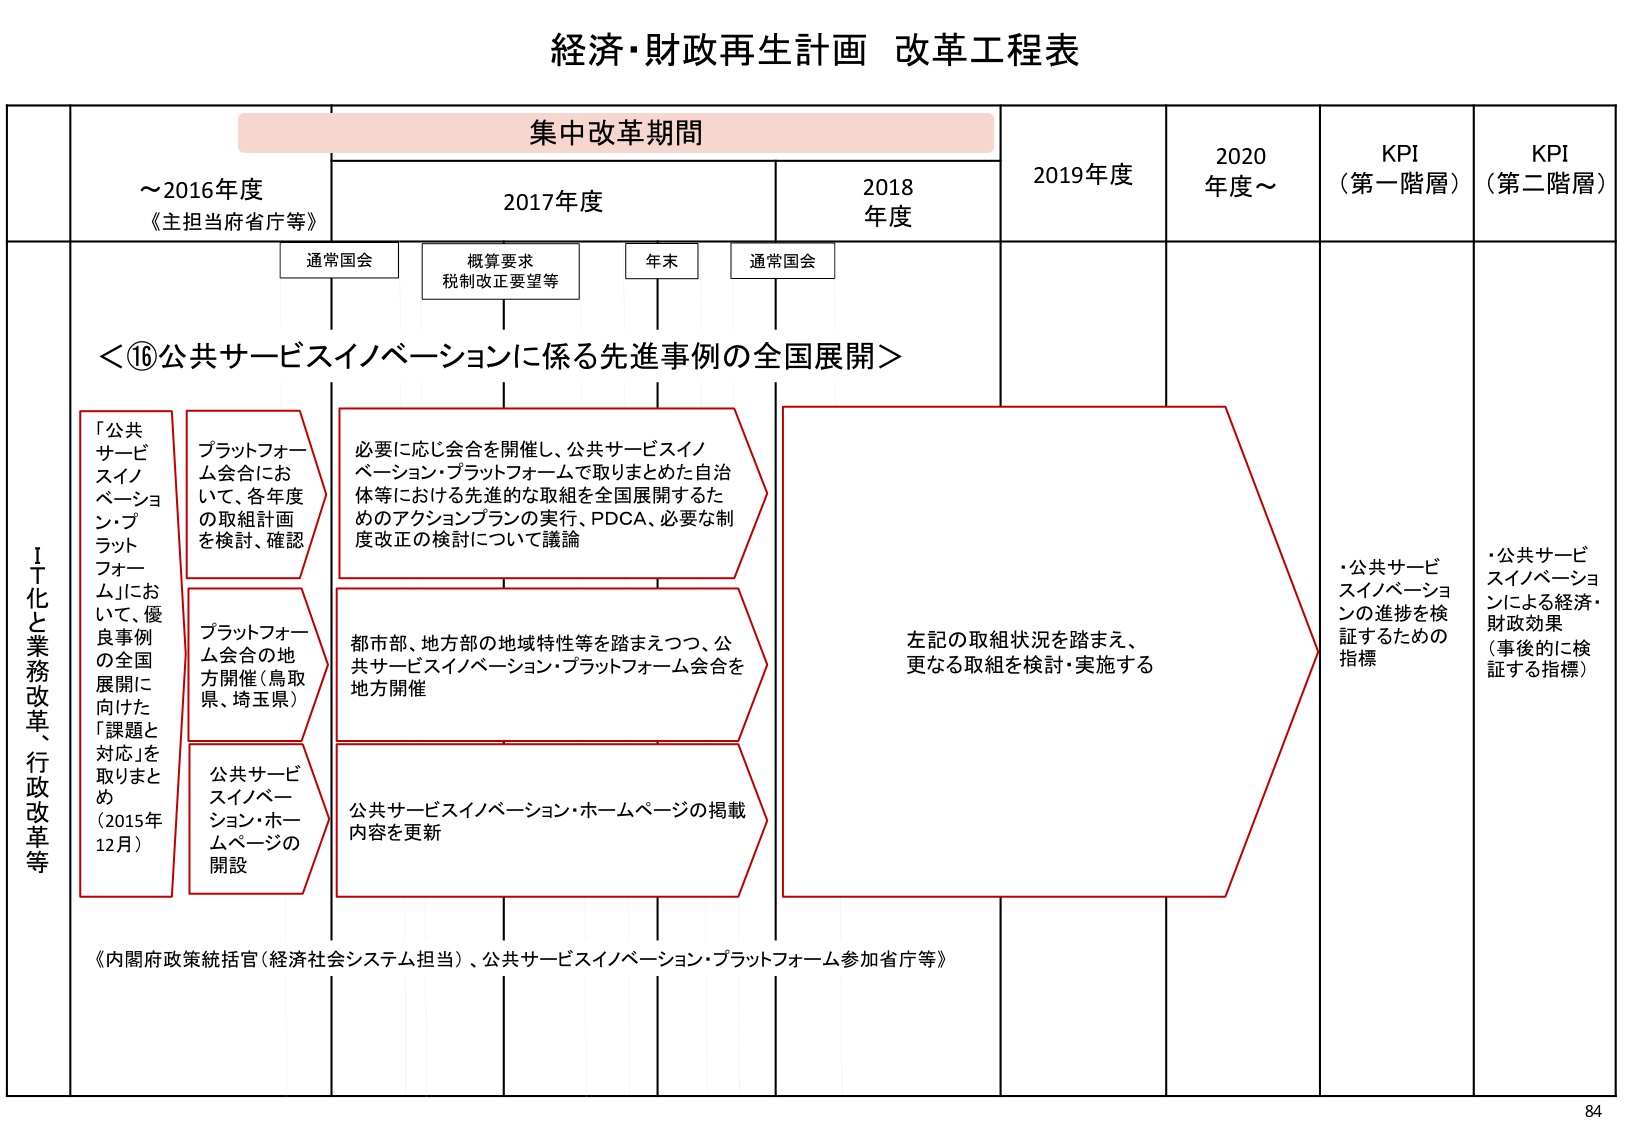
経済・財政再生計画 改革工程表

集中改革期間

～2016年度
《主担当府省庁等》

2017年度

2018年度

2019年度

2020年度～

KPI
（第一階層）

KPI
（第二階層）

通常国会

概算要求
税制改正要望等

年末

通常国会

＜⑯公共サービスイノベーションに係る先進事例の全国展開＞

「公共
サービスイノ
ベーション・プ
ラット
フォーム」にお
いて、優
良事例
の全国
展開に
向けた
「課題と
対応」を
取りまとめ
（2015年
12月）

プラットフォーム会合において、各年度
の取組計画
を検討、確認

必要に応じ会合を催し、公共サービスイノ
ベーション・プラットフォームで取りまとめた自治
体等における先進的な取組を全国展開するた
めのアクションプランの実行、PDCA、必要な制
度改正の検討について議論

プラットフォーム会合の地
方開催（鳥取
県、埼玉県）

都市部、地方部の地域特性等を踏まえつつ、公
共サービスイノベーション・プラットフォーム会合を
地方開催

公共サービスイノベーション・ホームページの
開設

公共サービスイノベーション・ホームページの掲載
内容を更新

左記の取組状況を踏まえ、
更なる取組を検討・実施する

・公共サービスイノベーションの進捗を検証するための指標

・公共サービスイノベーションによる経済・財政効果
（事後的に検証する指標）

《内閣府政策統括官（経済社会システム担当）、公共サービスイノベーション・プラットフォーム参加省庁等》

Ⅰ丁化と業務改革、行政改革等

84